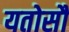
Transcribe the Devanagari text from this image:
यतोसौ